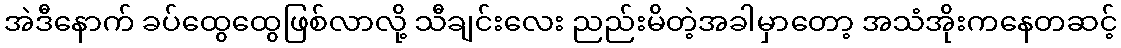
အဲဒီနောက် ခပ်ထွေထွေဖြစ်လာလို့ သီချင်းလေး ညည်းမိတဲ့အခါမှာတော့ အသံအိုးကနေတဆင့်